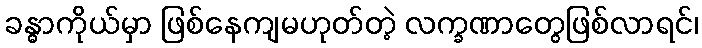
ခန္ဓာကိုယ်မှာ ဖြစ်နေကျမဟုတ်တဲ့ လက္ခဏာတွေဖြစ်လာရင်၊